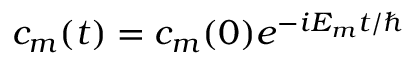
c _ { m } ( t ) = c _ { m } ( 0 ) e ^ { - i E _ { m } t / \hslash }